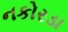
નકોરડા